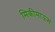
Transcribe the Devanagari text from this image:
मिकीमाऊस